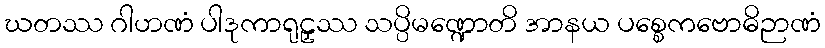
ဃတဿ ဂါဟဏံ ပါဒုကာရုဠှဿ သပ္ပိမဏ္ဍောတိ အာနယ ပစ္စေကဗောဓိဉာဏံ